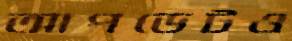
আপডেটও